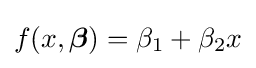
f(x,{\boldsymbol {\beta }})=\beta _{1}+\beta _{2}x